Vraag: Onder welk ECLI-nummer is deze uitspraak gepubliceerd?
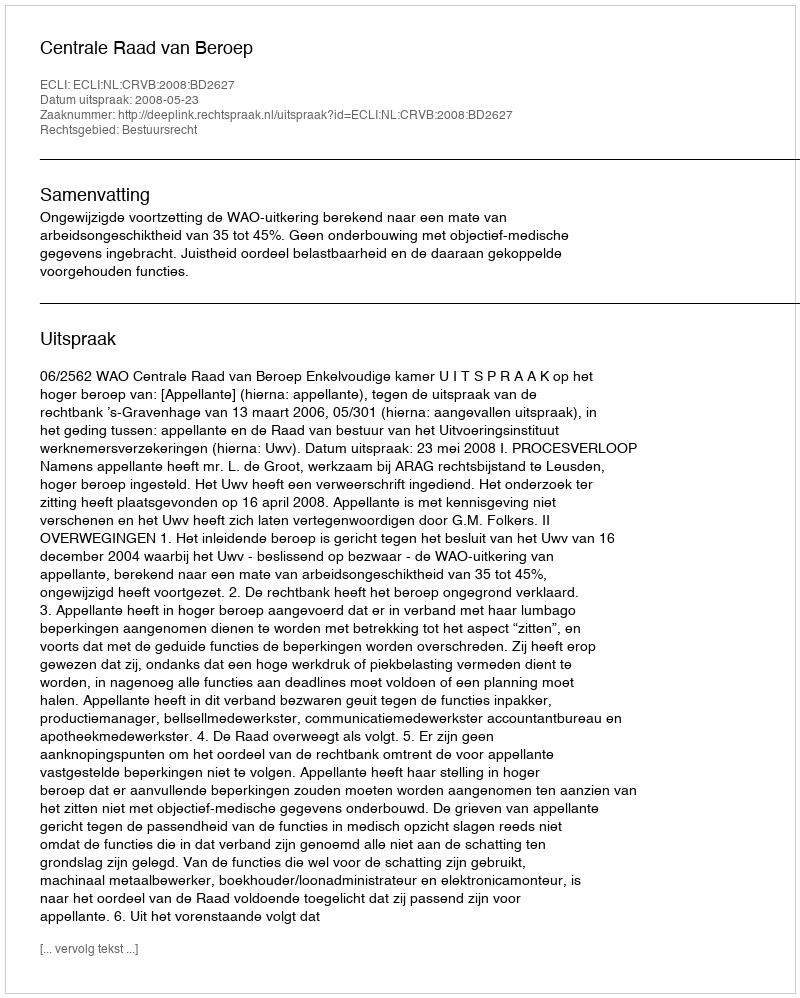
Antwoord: ECLI:NL:CRVB:2008:BD2627